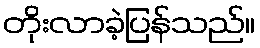
တိုးလာခဲ့ပြန်သည်။